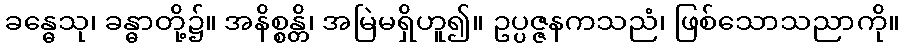
ခန္ဓေသု၊ ခန္ဓာတို့၌။ အနိစ္စန္တိ၊ အမြဲမရှိဟူ၍။ ဥပ္ပဇ္ဇနကသညံ၊ ဖြစ်သောသညာကို။